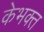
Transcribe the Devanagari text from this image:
केभक्त